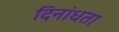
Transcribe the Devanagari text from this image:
दिनांधता